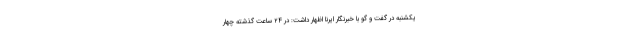
یکشنبه در گفت و گو با خبرنگار ایرنا اظهار داشت: در ۲۴ ساعت گذشته چهار